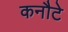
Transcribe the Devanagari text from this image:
कनौटे